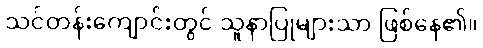
သင်တန်းကျောင်းတွင် သူနာပြုများသာ ဖြစ်နေ၏။